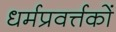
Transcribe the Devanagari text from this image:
धर्मप्रवर्त्तकों